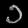
Digit: ၁